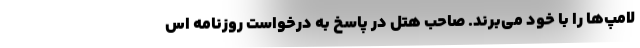
لامپ‌ها را با خود می‌برند. صاحب هتل در پاسخ به درخواست روزنامه اس